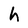
Character: h